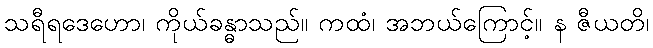
သရီရဒေဟော၊ ကိုယ်ခန္ဓာသည်။ ကထံ၊ အဘယ်ကြောင့်။ န ဇီယတိ၊